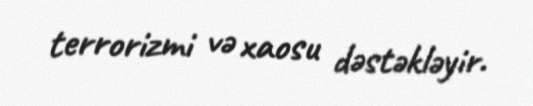
terrorizmi və xaosu dəstəkləyir.